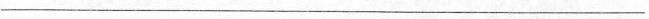
___